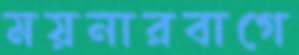
ময়নারবাগে